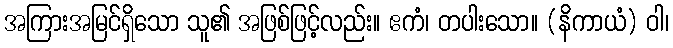
အကြားအမြင်ရှိသော သူ၏ အဖြစ်ဖြင့်လည်း။ ဧကံ၊ တပါးသော။ (နိကာယံ) ဝါ၊